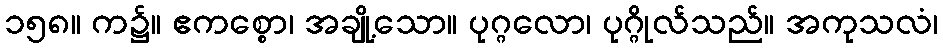
၁၅၈။ က၌။ ဧကစ္စော၊ အချို့သော။ ပုဂ္ဂလော၊ ပုဂ္ဂိုလ်သည်။ အကုသလံ၊